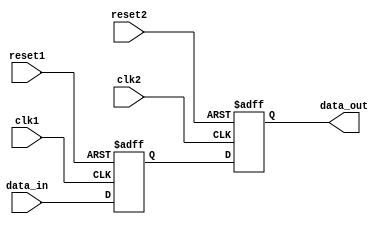
module Synchronizer (
    input wire clk1,
    input wire clk2,
    input wire reset1,
    input wire reset2,
    input wire data_in,
    
    output reg data_out
);

reg synchronized_data;

always @(posedge clk1 or posedge reset1) begin
    if (reset1) begin
        synchronized_data <= 1'b0;
    end else begin
        synchronized_data <= data_in;
    end
end

always @(posedge clk2 or posedge reset2) begin
    if (reset2) begin
        data_out <= 1'b0;
    end else begin
        data_out <= synchronized_data;
    end
end

endmodule